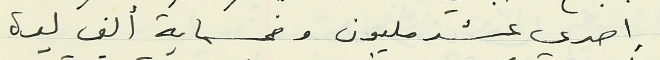
إحدى عشر مليون وخمسماية ألف ليرة